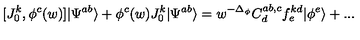
[ J _ { 0 } ^ { k } , \phi ^ { c } ( w ) ] | \Psi ^ { a b } \rangle + \phi ^ { c } ( w ) J _ { 0 } ^ { k } | \Psi ^ { a b } \rangle = w ^ { - \Delta _ { \phi } } C _ { d } ^ { a b , c } f _ { e } ^ { k d } | \phi ^ { e } \rangle + . . .